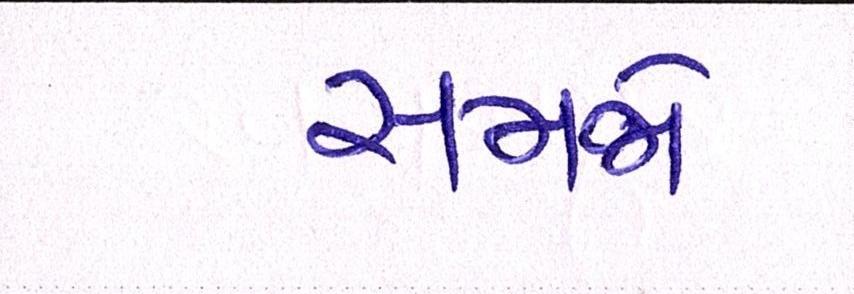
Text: સમજો